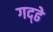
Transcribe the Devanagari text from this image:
गद्ढे